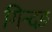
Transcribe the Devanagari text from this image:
गिन्दङ